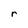
Character: r